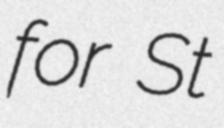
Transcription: for St